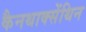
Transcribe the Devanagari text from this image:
कैनथाक्सेंथिन